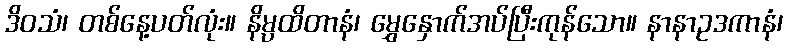
ဒိဝသံ၊ တစ်နေ့ပတ်လုံး။ နိမ္ပထိတာနံ၊ မွှေနှောက်အပ်ပြီးကုန်သော။ နာနာဥဒကာနံ၊